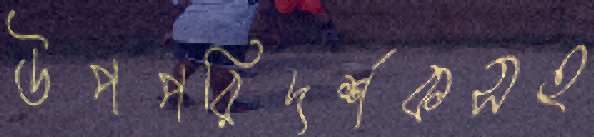
উপপরিদর্শকসহ